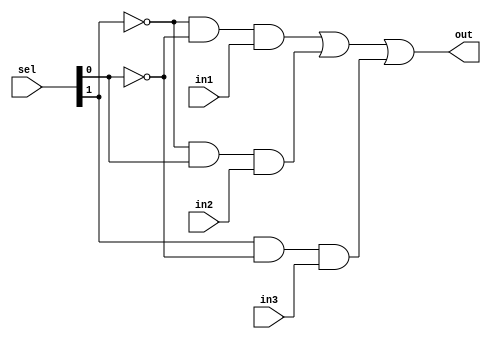
module mux2to1(out,sel,in1,in2, in3);
	input in1,in2,in3;
	input [1:0] sel;
	output out;
	wire a1,a2,a3;
	wire [1:0] not_sel;
	not (not_sel[0],sel[0]);
	not (not_sel[1],sel[1]);
	and (a1,not_sel[1],not_sel[0],in1);
	and (a2,not_sel[1],sel[0],in2);
	and (a3,sel[1],not_sel[0],in3);
	or(out,a1,a2,a3);
endmodule

/*module bit8_2to1mux(out,sel,in1,in2);
	input [7:0] in1,in2;
	output [7:0] out;
	input sel;
	mux2to1 m0(out[0],sel,in1[0],in2[0]);
	mux2to1 m1(out[1],sel,in1[1],in2[1]);
	mux2to1 m2(out[2],sel,in1[2],in2[2]);
	mux2to1 m3(out[3],sel,in1[3],in2[3]);
	mux2to1 m4(out[4],sel,in1[4],in2[4]);
	mux2to1 m5(out[5],sel,in1[5],in2[5]);
	mux2to1 m6(out[6],sel,in1[6],in2[6]);
	mux2to1 m7(out[7],sel,in1[7],in2[7]);
endmodule
*/

module bit8_2to1mux(out,sel,in1,in2,in3);
	input [7:0] in1,in2,in3;
	output [7:0] out;
	input [1:0] sel;
	genvar j;     //this is the variable that is be used in the generate block
 
	generate for (j = 0; j < 8; j = j + 1) 
		begin: mux_loop                                    //mux_loop is the name of the loop
			mux2to1 m1(out[j],sel,in1[j],in2[j],in3[j]);          //mux2to1 is instantiated every time it is called
		end
	endgenerate
	
endmodule

module MUX_32_bit_3_ip(out,sel,in1,in2,in3);
	input [31:0] in1,in2,in3;
	output [31:0] out;
	input [1:0] sel;
	genvar j;     //this is the variable that is be used in the generate block
 
	generate for (j = 0; j < 4; j = j + 1) 
		begin: mux_loop                                   							                   //mux_loop is the name of the loop
			bit8_2to1mux m1(out[8*j+7:8*j],sel,in1[8*j+7:8*j],in2[8*j+7:8*j],in3[8*j+7:8*j]);          //mux2to1 is instantiated every time it is called
		end
	endgenerate
	
endmodule
/*
module tb_32bit2to1mux;
	reg [31:0] INP1, INP2, INP3;
	reg [1:0] SEL;
	wire [31:0] out;
	MUX_32_bit_3_ip M1(out,SEL,INP1,INP2, INP3);
	initial
	begin
		$monitor("INP1=%b, INP2=%b, INP3=%b, SEL=%b, out=%b", INP1, INP2, INP3, SEL, out);
		INP1=32'b10101010101010101010101010101010;
		INP2=32'b01010101010101010101010101010101;
		INP3=32'b11111111111111111111111111111111;
		SEL=2'b00;
		#100 SEL=2'b01;
		#100 SEL=2'b10;
		//#100 SEL=2'b11;
		#1000 $finish;
	end
endmodule
*/